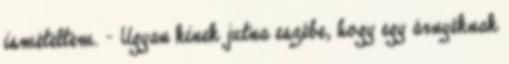
ismételtem. - Ugyan kinek jutna eszébe, hogy egy árnyéknak